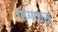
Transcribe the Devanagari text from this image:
गांगवास